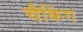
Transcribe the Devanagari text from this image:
चैकिंग